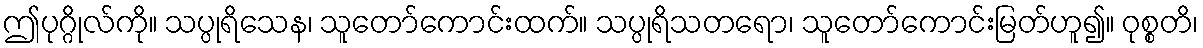
ဤပုဂ္ဂိုလ်ကို။ သပ္ပုရိသေန၊ သူတော်ကောင်းထက်။ သပ္ပုရိသတရော၊ သူတော်ကောင်းမြတ်ဟူ၍။ ဝုစ္စတိ၊